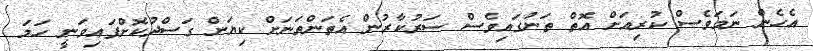
އެހެން ނަމަވެސް ކުރިއަށް އޮތް ތަނުގައިވެސް ސަރުކާރުން އެތަންތަނަށް ކިޔަން ގަސްދުކޮށްފައިވަނީ ހަމަ